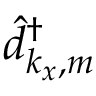
\hat { d } _ { k _ { x } , m } ^ { \dagger }